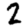
Digit: 2